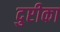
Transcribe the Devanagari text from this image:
दुप्टीका